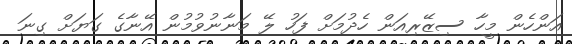
އަންހެން މީހާ ސިޒޭރިއަން ހެދުމަށް ފަހު ލޭ މަނާނުވުމުން އޭނާގެ ގަޔަށް ގިނަ